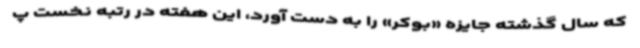
که سال گذشته جایزه «بوکر» را به دست آورد، این هفته در رتبه نخست پ